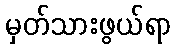
မှတ်သားဖွယ်ရာ